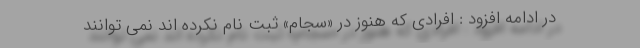
در ادامه افزود : افرادی که هنوز در «سجام» ثبت نام نکرده اند نمی توانند